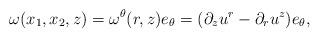
LaTeX: \begin{align*}\omega(x_1,x_2,z) = \omega^{\theta}(r,z) e_{\theta} = (\partial_{z} u^r - \partial_r u^z) e_{\theta},\end{align*}